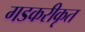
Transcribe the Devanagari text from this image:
गडकरीकृत